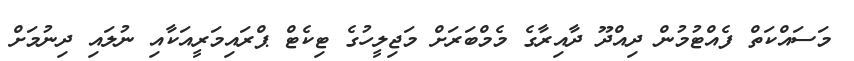
މަސައްކަތް ފެއްޓުމުން ދިއްދޫ ދާއިރާގެ މެމްބަރަށް މަޖިލީހުގެ ޓިކެޓް ޕްރައިމަރީއަކާއި ނުލައި ދިނުމަށް